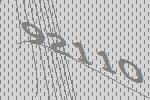
92110